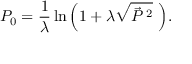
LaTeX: P _ { 0 } = { \frac { 1 } { \lambda } } \ln { \left( 1 + \lambda \sqrt { { \vec { P } } \, ^ { 2 } } \, \, \right) } .